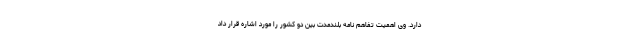
دارد. وی اهمیت تفاهم نامه بلندمدت بین دو کشور را مورد اشاره قرار داد